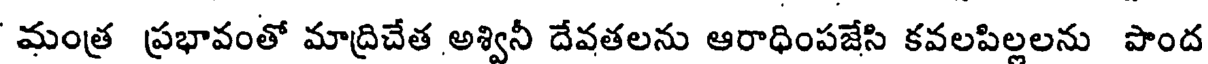
మంత్ర ప్రభావంతో మాద్రిచేత అశ్వినీ దేవతలను ఆరాధింపజేసి కవలపిల్లలను పొంద